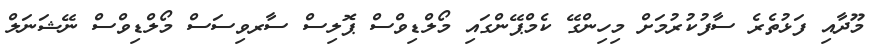
މޫދާއި ފަޅުތެރެ ސާފުކުރުމަށް މިހިންގޭ ކެމްޕޭންގައި މޯލްޑިވްސް ޕޮލިސް ސާރވިސަސް މޯލްޑިވްސް ނޭޝަނަލް